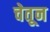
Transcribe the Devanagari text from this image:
चेतून